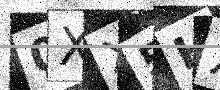
Text: 0XX5HX